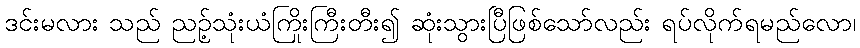
ဒင်းမလား သည် ညဉ့်သုံးယံကြိုးကြီးတီး၍ ဆုံးသွားပြီဖြစ်သော်လည်း ရပ်လိုက်ရမည်လော၊